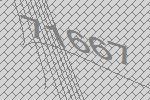
71667